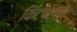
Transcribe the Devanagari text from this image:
किटप्लाय